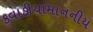
કવાડીયામાનનીય